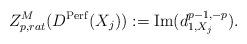
LaTeX: \begin{align*}Z^{M}_{p,rat}(D^{\mathrm{Perf}}(X_{j})) := \mathrm{Im}(d_{1,X_{j}}^{p-1,-p}).\end{align*}